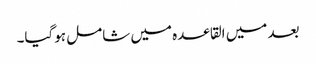
بعد میں القاعدہ میں شامل ہوگیا۔